Code of medical and sanitary regulations for the guidance of medical officers serving in the Madras Presidency - Volume II
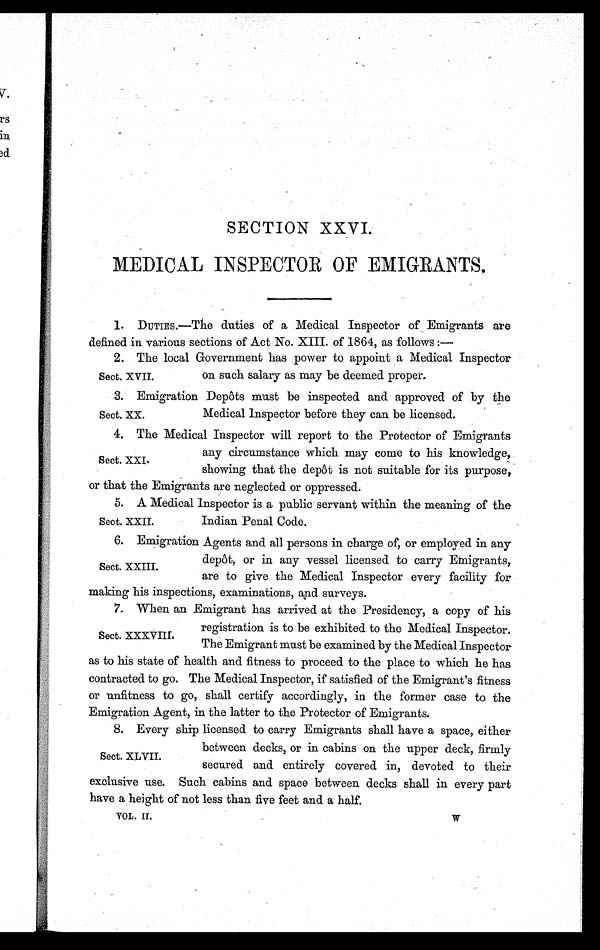
SECTION XXVI.
MEDICAL INSPECTOR OF EMIGRANTS.
1.DUTIES.—The duties of a Medical Inspector of Emigrants are
defined in various sections of Act No. XIII. of 1864, as follows :
—
2.The local Government has power to appoint a Medical Inspector
on such salary as may be deemed proper.
3.Emigration Depôts must be inspected and approved of by the
Medical Inspector before they can be licensed.
4.The Medical Inspector will report to the Protector of Emigrants
any circumstance which may come to his knowledge,
showing that the depôt is not suitable for its purpose,
or that the Emigrants are neglected or oppressed.
5.A Medical Inspector is a public servant within the meaning of the
Indian Penal Code.
6.Emigration Agents and all persons in charge of, or employed in any
depôt, or in any vessel licensed to carry Emigrants,
are to give the Medical Inspector every facility for
making his inspections, examinations, and surveys.
7.When an Emigrant has arrived at the Presidency, a copy of his
registration is to be exhibited to the Medical Inspector.
The Emigrant must be examined by the Medical Inspector
as to his state of health and fitness to proceed to the place to which he has
contracted to go. The Medical Inspector, if satisfied of the Emigrant's fitness
or unfitness to go, shall certify accordingly, in the former case to the
Emigration Agent, in the latter to the Protector of Emigrants.
8.Every ship licensed to carry Emigrants shall have a space, either
between decks, or in cabins on the upper deck, firmly
secured and entirely covered in, devoted to their
exclusive use. Such cabins and space between decks shall in every part
have a height of not less than five feet and a half.
Sect. XVII.
Sect. XX.
Sect. XXI.
Sect. XXII.
Sect. XXIII.
Sect. XXXVIII.
Sect. XLVII.
VOL.II.
W.